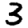
Digit: 3